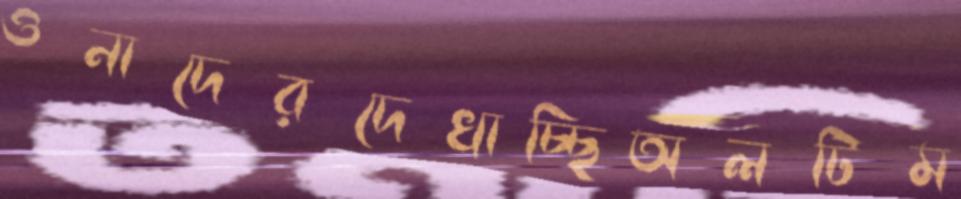
ওনাদেরদেখাচ্ছিঅলটিম